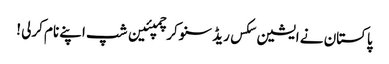
پاکستان نے ایشین سکس ریڈ سنوکر چمپئین شپ اپنے نام کرلی !